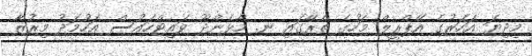
މިދިޔަ އަހަރުގެ އޭޕްރީލް މަހުގެ ތެރޭގައި ނ. މާޅެންދޫ ވައިޓްހައުސް އަހުމަދު މިރުޒާ